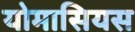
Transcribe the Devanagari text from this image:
योमासियस